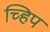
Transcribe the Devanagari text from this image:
च्हिप